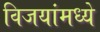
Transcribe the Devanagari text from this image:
विजयांमध्ये